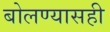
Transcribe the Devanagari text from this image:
बोलण्यासही